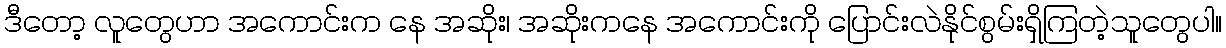
ဒီတော့ လူတွေဟာ အကောင်းက နေ အဆိုး၊ အဆိုးကနေ အကောင်းကို ပြောင်းလဲနိုင်စွမ်းရှိကြတဲ့သူတွေပါ။